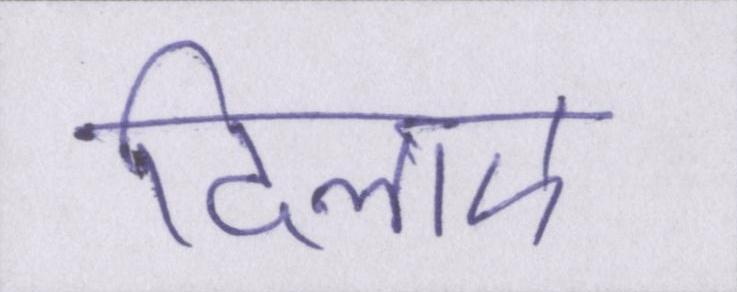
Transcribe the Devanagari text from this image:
दिलाए